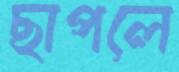
ছাপলে